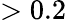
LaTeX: >0.2